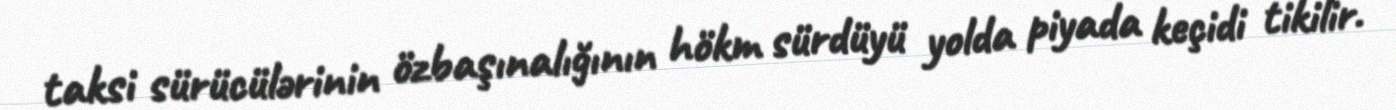
taksi sürücülərinin özbaşınalığının hökm sürdüyü yolda piyada keçidi tikilir.